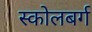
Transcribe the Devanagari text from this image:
स्कोलबर्ग